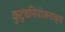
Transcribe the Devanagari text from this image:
कुटुंबनियोजनाच्या